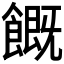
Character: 𩞊